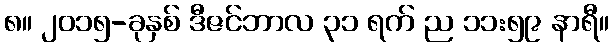
၈။ ၂၀၁၅-ခုနှစ် ဒီဇင်ဘာလ ၃၁ ရက် ည ၁၁:၅၉ နာရီ။